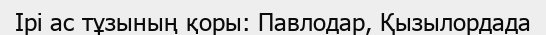
Ірі ас тұзының қоры: Павлодар, Қызылордада